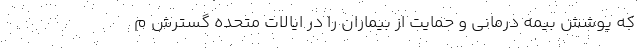
که پوشش بیمه درمانی و حمایت از بیماران را در ایالات متحده گسترش م